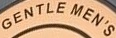
GENTLEMEN'S